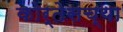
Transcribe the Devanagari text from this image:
कोर्तेसच्या